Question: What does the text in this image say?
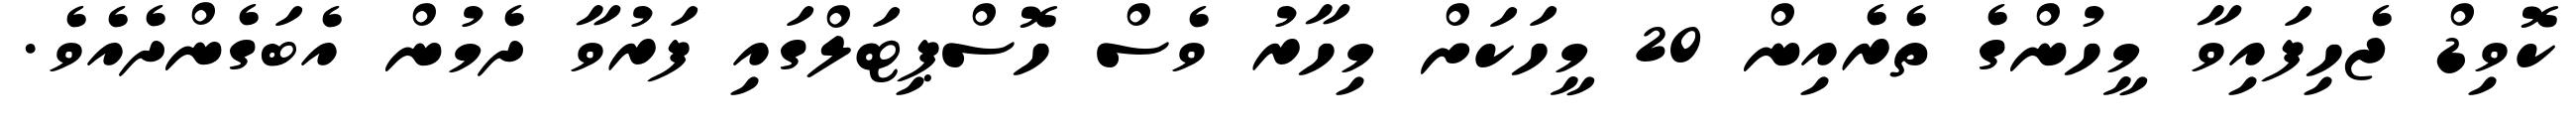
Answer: ކޮވިޑް ޖެހިފައިވާ މީހުންގެ ތެރެއިން 20 މީހަކަށް މިހާރު ވެސް ހޮސްޕިޓަލްގައި ފަރުވާ ދެމުން އެބަގެންދެއެވެ.